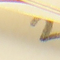
2